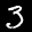
Label: 3